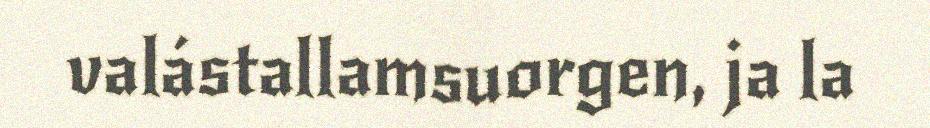
valástallamsuorgen, ja la